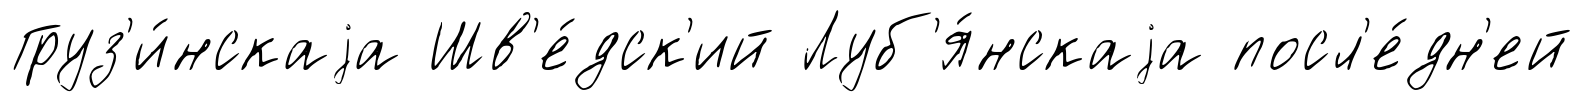
Груз'и́нскаjа Шв'е́дск'ий Луб'я́нскаjа посл'е́дн'ей